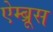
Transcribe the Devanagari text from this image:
ऐम्ब्रूस